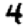
Digit: 4